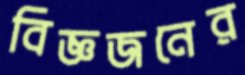
বিজ্ঞজনের